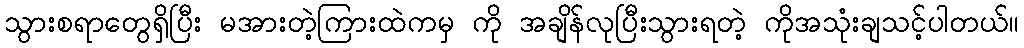
သွားစရာတွေရှိပြီး မအားတဲ့ကြားထဲကမှ ကို အချိန်လုပြီးသွားရတဲ့ ကိုအသုံးချသင့်ပါတယ်။